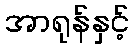
အာရုန်နှင့်